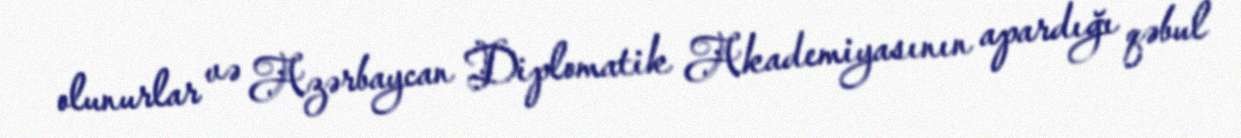
olunurlar və Azərbaycan Diplomatik Akademiyasının apardığı qəbul